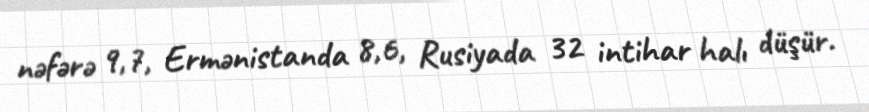
nəfərə 9,7, Ermənistanda 8,6, Rusiyada 32 intihar halı düşür.